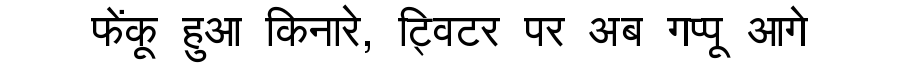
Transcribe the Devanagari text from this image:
फेंकू हुआ किनारे, ट्विटर पर अब गप्पू आगे